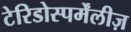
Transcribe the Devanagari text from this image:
टेरिडोस्पर्मेंलीज़